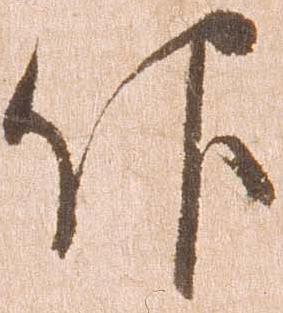
仰